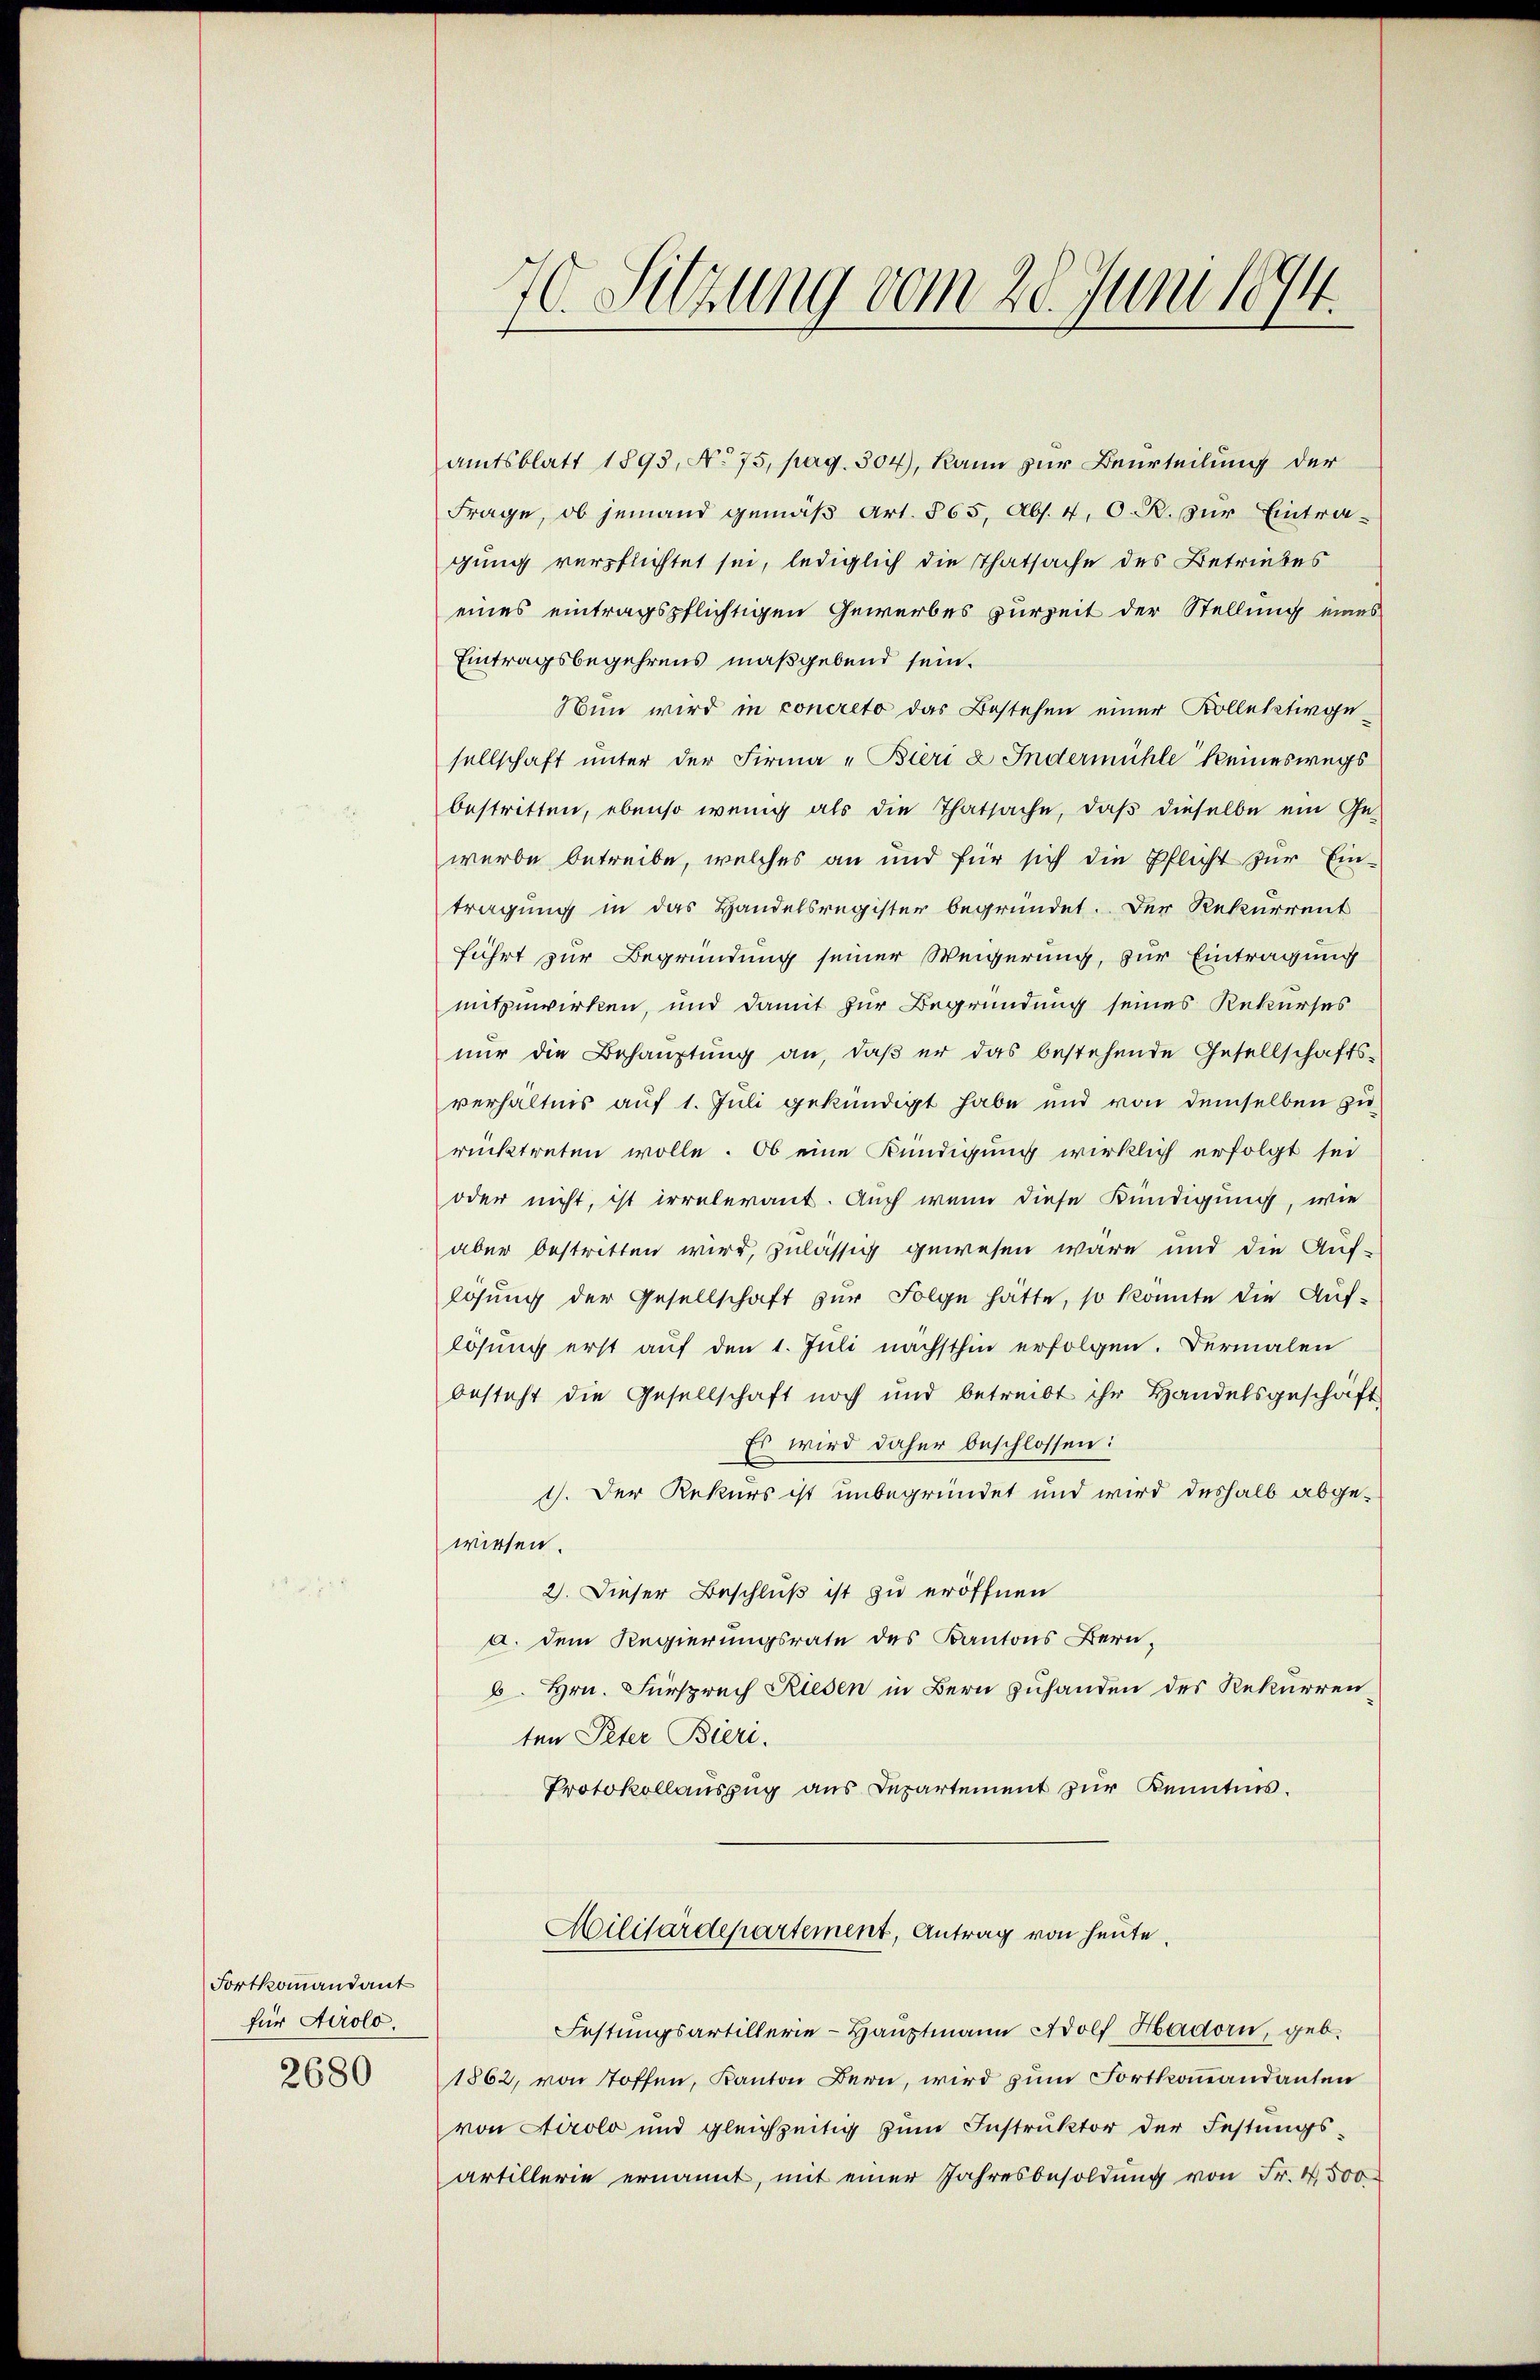
Fortkommandant
für Airolo.
2680

70. Sitzung vom 28. Juni 1894

Amtsblatt 1893, No 75, pag. 304), kann zur Beurteilung der
Frage, ob jemand gemäβ Art. 565, Abs. 4, O. R. zur Eintra-
gung verpflichtet sei, lediglich die Thatsache des Betriebes
eines eintragspflichtigen Gewerbes purzeit der Stellung eines
Eintragsbegehrens maßgebend sein.
Nun wird in concreto das Bestehen einer Kollektivgesellschaft unter der Firma „Bieri & Indermühle keineswegs
bestritten, ebenso wenig als die Thatsache, daβ dieselbe ein Ge-
werbe betreibe, welches an und für sich die Pflicht zur Ein-
tragung in das Handelsregister begründet. Der Rekurrent
führt zur Begründung seiner Weigerung, zur Eintragung
mitzuwirken, und damit zur Begründung seines Rekurses
nur die Behauptung an, daβ er das bestehende Gesellschafts-
verhältnis auf 1. Juli gekündigt habe und von demselben zu
rücktreten wolle. Ob eine Kündigung wirklich erfolgt sei
oder nicht, ist irrelerant. Auch wenn diese Kündigung, wie
aber bestritten wird, zulässig gewesen wäre und die Auf-
lösŭng der Gesellschaft zŭr Folge hätte, so konnte die Auf-
lösung erst auf den 1. Juli nächsthin erfolgen. Dermalen
besteht die Gesellschaft noch und betreibt ihr Handelsgeschäft
Es wird daher beschlossen:
1. Der Rekurs ist unbegründet und wird deshalb abgewiesen.
2). Dieser Beschluß ist zu eröffnen
a. dem Regierungsrate des Kantons Bern,
b. Hrn. Fürsprech Riesen in Bern zuhanden des Rekurrenten Peter Bieri.
Protokollauszug aus Departement zur Kenntnis.

Militärdepartement, Antrag von heute.

Festungsartillerie-Hauptmann Adolf Hadorn, geb.
1862, von Toffen, Kanton Bern, wird zum Fortkommandanten
von Airolo und gleichzeitig zum Instruktor der Festungs-
artillerie ernannt, mit einer Jahresbesoldung von Fr. 4500